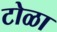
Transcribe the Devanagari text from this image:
टोळा